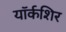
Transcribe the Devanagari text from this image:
यॉर्कशिर